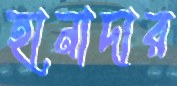
হানাদার